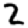
Digit: 2